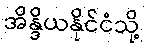
အိန္ဒိယနိုင်ငံသို့